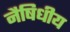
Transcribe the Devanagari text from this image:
नैषिधीय